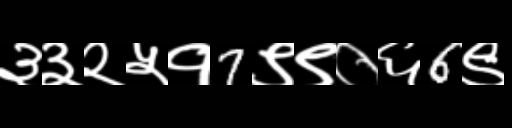
Text: ३३२५१7९९०६6९